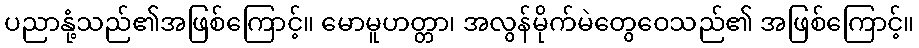
ပညာနုံ့သည်၏အဖြစ်ကြောင့်။ မောမူဟတ္တာ၊ အလွန်မိုက်မဲတွေဝေသည်၏ အဖြစ်ကြောင့်။